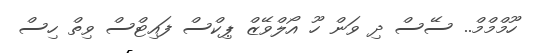
ހޫމްމްމް.. ސޭސް ދި ވަން ހޫ އޯލްވޭޒް ޕިކްސް ފައިޓްސް ވިތް ހިސް